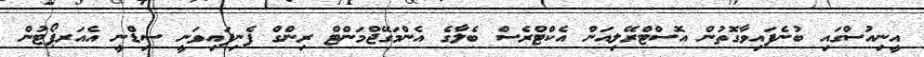
އީނިއުސްގައި ބުނެފައިވާގޮތުން އޮސްޓްރޭލިއަން އެކްޓްރެސް ބެލާގެ އެންމަގޭޖްމަންޓް ރިންގް ފެނިފައިވަނީ ސިޑްނީ އެއަރޕޯޓުން